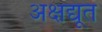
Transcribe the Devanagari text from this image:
अक्षद्यूत